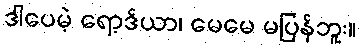
ဒါပေမဲ့ ရော့ဒ်ယာ၊ မေမေ မပြန်ဘူး။